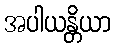
အပါယန္တိယာ